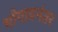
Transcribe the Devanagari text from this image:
भोगावनंतर